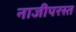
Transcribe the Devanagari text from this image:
नाजीपरस्त